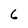
Character: 6